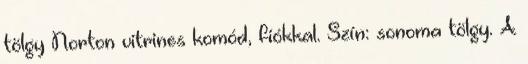
tölgy Norton vitrines komód, fiókkal. Szín: sonoma tölgy. A